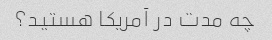
چه مدت در آمریکا هستید؟